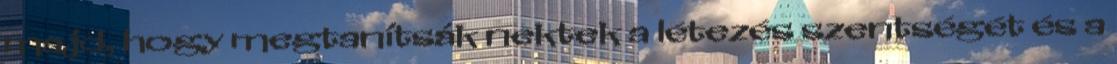
majd, hogy megtanítsák nektek a létezés szentségét és a